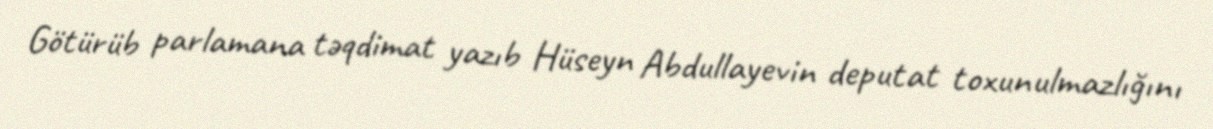
Götürüb parlamana təqdimat yazıb Hüseyn Abdullayevin deputat toxunulmazlığını